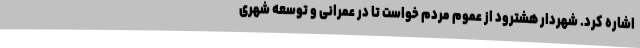
اشاره کرد. شهردار هشترود از عموم مردم خواست تا در عمرانی و توسعه شهری